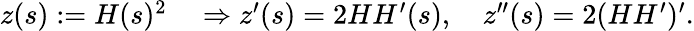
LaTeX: \begin{array}{r}{z(s):=H(s)^{2}\quad\Rightarrow z^{\prime}(s)=2HH^{\prime}(s),\quad z^{\prime\prime}(s)=2(HH^{\prime})^{\prime}.}\end{array}